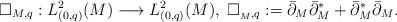
LaTeX: \begin{align*}\Box_{M,q}: L^2_{(0,q)}(M)\longrightarrow L^2_{(0,q)}(M), \;\Box_{_M,q} :=\bar\partial_M\bar\partial^*_M+\bar\partial^*_M\bar\partial_M.\end{align*}